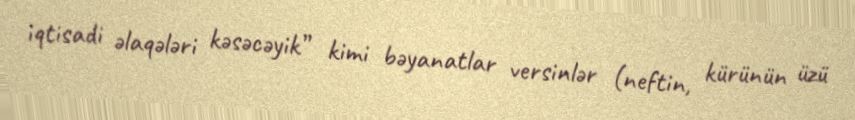
iqtisadi əlaqələri kəsəcəyik” kimi bəyanatlar versinlər (neftin, kürünün üzü